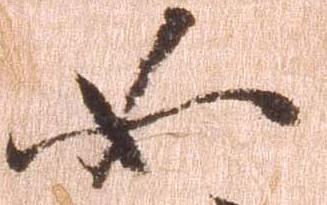
如